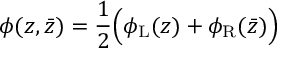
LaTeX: \phi ( z , \bar { z } ) = \frac { 1 } { 2 } \Big ( \phi _ { \mathrm { L } } ( z ) + \phi _ { \mathrm { R } } ( \bar { z } ) \Big )